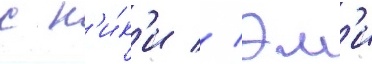
с н'и́к'и // Эм'и